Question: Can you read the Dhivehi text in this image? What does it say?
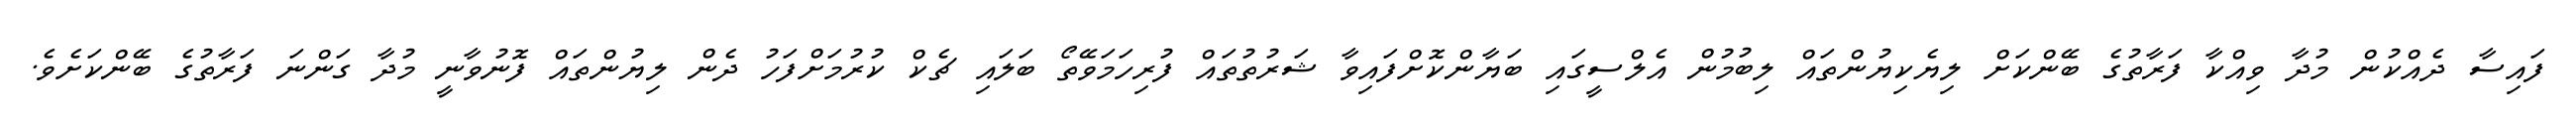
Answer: ފައިސާ ދެއްކުން މުދާ ވިއްކާ ފަރާތުގެ ބޭންކަށް ލިޔެކިޔުންތައް ލިބުމުން އެލްސީގައި ބަޔާންކޮށްފައިވާ ޝަރުތުތައް ފުރިހަމަވޭތޯ ބަލައި ޗެކް ކުރުމަށްފަހު ދެން ލިޔުންތައް ފޮނުވާނީ މުދާ ގަންނަ ފަރާތުގެ ބޭންކަށެވެ.